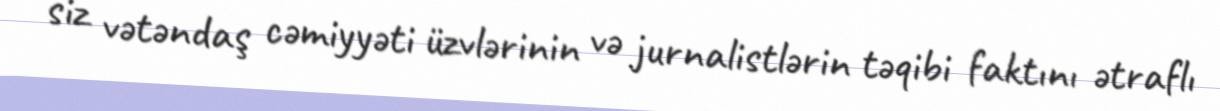
siz vətəndaş cəmiyyəti üzvlərinin və jurnalistlərin təqibi faktını ətraflı